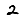
Digit: 2